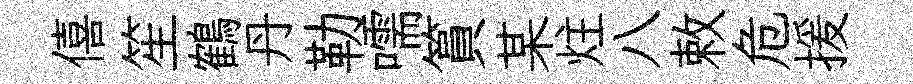
僖笙鶴丹勒嚅篔某炷八敕危援